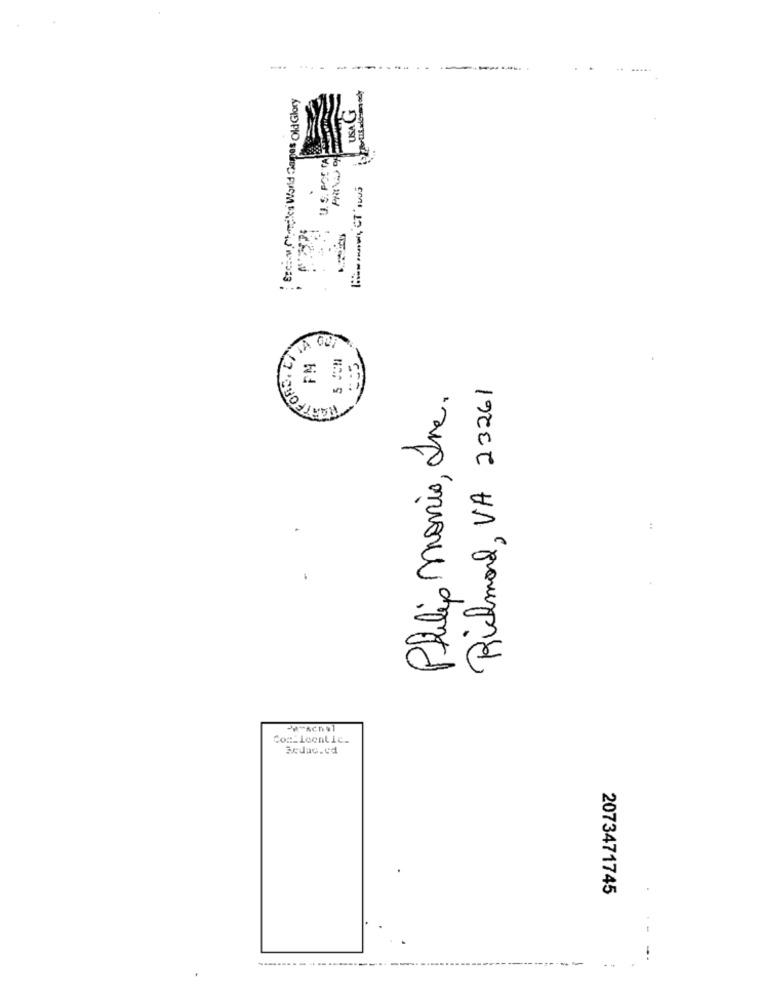
Exciom Checks World Capes Old Glory
USA G
U.S. POCTA
Richmond, VA 23261
Philip Moris, Inc.
:
Com_localic.
2073471745
--